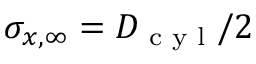
\sigma _ { x , \infty } = D _ { \textrm { c y l } } / 2